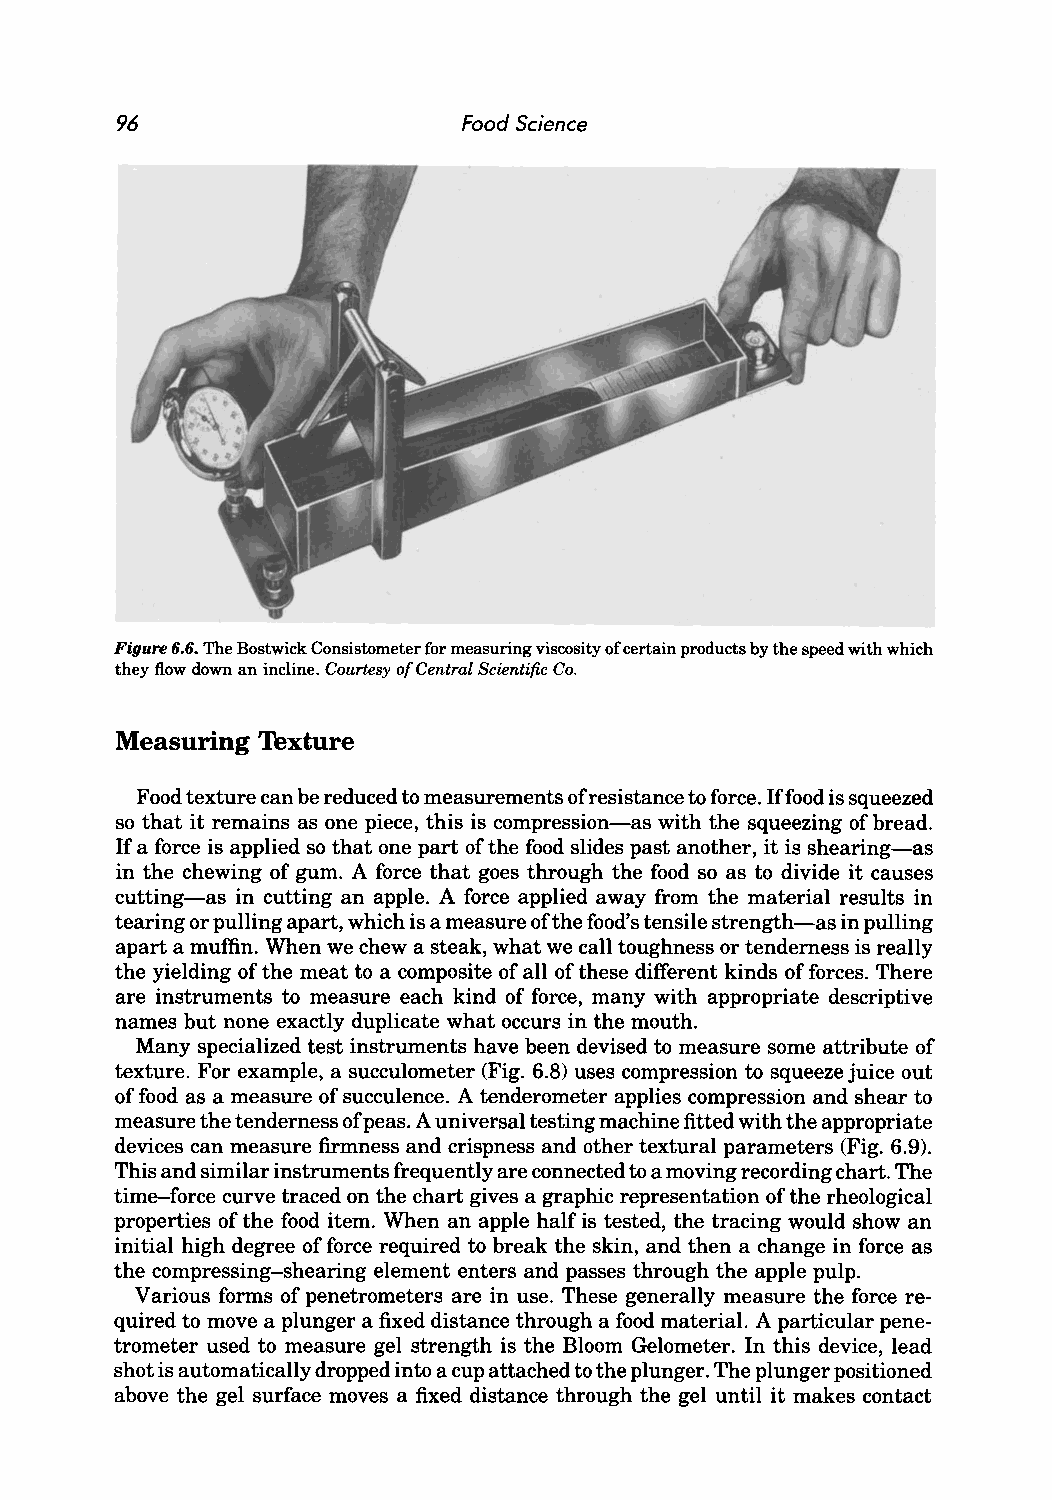
96                     Food Science
 Figure 6.6. The Bostwick Consistometer for measuring viscosity of certain products by the speed with which
 they flow down an incline. Courtesy of Central Scientific Co.
 Measuring Texture
 Food texture can be reduced to measurements of resistance to force. Iffood is squeezed
 so that it remains as one piece, this is compression-as with the squeezing of bread.
 If a force is applied so that one part of the food slides past another, it is shearing-as
 in the chewing of gum. A force that goes through the food so as to divide it causes
 cutting-as in cutting an apple. A force applied away from the material results in
 tearing or pulling apart, which is a measure of the food's tensile strength-as in pulling
 apart a muffin. When we chew a steak, what we call toughness or tenderness is really
 the yielding of the meat to a composite of all of these different kinds of forces. There
 are instruments to measure each kind of force, many with appropriate descriptive
 names but none exactly duplicate what occurs in the mouth.
 Many specialized test instruments have been devised to measure some attribute of
 texture. For example, a succulometer (Fig. 6.8) uses compression to squeeze juice out
 of food as a measure of succulence. A tenderometer applies compression and shear to
 measure the tenderness of peas. A universal testing machine fitted with the appropriate
 devices can measure firmness and crispness and other textural parameters (Fig. 6.9).
 This and similar instruments frequently are connected to a moving recording chart. The
 time-force curve traced on the chart gives a graphic representation of the rheological
 properties of the food item. When an apple half is tested, the tracing would show an
 initial high degree of force required to break the skin, and then a change in force as
 the compressing-shearing element enters and passes through the apple pulp.
 Various forms of penetrometers are in use. These generally measure the force re
 quired to move a plunger a fixed distance through a food material. A particular pene
 trometer used to measure gel strength is the Bloom Gelometer. In this device, lead
 shot is automatically dropped into a cup attached to the plunger. The plunger positioned
 above the gel surface moves a fixed distance through the gel until it makes contact